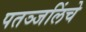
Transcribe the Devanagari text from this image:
पतञ्जलिंचे